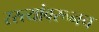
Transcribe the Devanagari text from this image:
रस्त्यांवरूनच